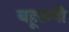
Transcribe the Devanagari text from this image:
बहूरूपी